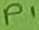
Text: P1